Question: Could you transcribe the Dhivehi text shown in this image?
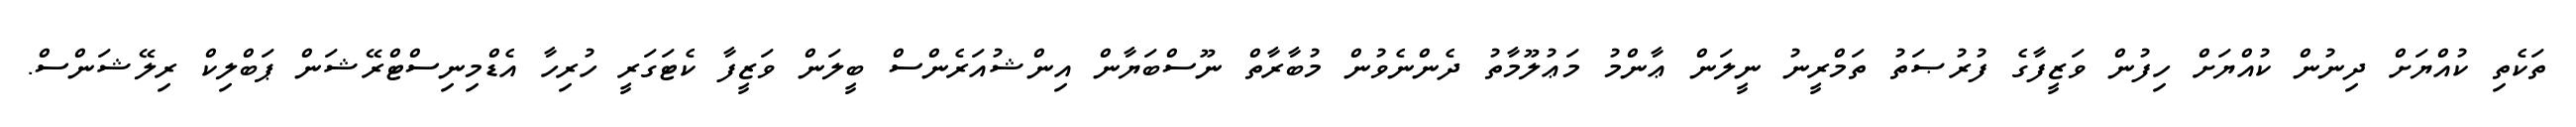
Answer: ތަކެތި ކުއްޔަށް ދިނުން ކުއްޔަށް ހިފުން ވަޒީފާގެ ފުރުޞަތު ތަމްރީނު ނީލަން ޢާންމު މަޢުލޫމާތު ދެންނެވުން މުބާރާތް ނޫސްބަޔާން އިންޝުއަރެންސް ބީލަން ވަޒީފާ ކެޓަގަރީ ހުރިހާ އެޑްމިނިސްޓްރޭޝަން ޕަބްލިކް ރިލޭޝަންސް.